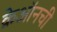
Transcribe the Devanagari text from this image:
क्रेऑनची